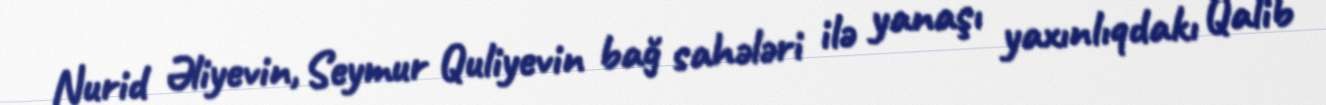
Nurid Əliyevin, Seymur Quliyevin bağ sahələri ilə yanaşı yaxınlıqdakı Qalib